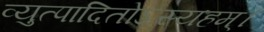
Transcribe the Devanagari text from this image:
व्युत्पादितोऽस्यहम्‌।